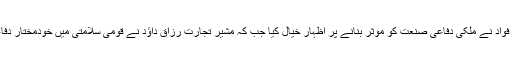
وفاقی وزراء زبیدہ جلال اور چوہدری فواد نے ملکی دفاعی صنعت کو موثر بنانے پر اظہار خیال کیا جب کہ مشیر تجارت رزاق داؤد نے قومی سلامتی میں خودمختار دفاعی صنعت کی اہمیت پر روشنی ڈالی۔